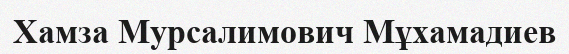
Хамза Мурсалимович Мұхамадиев